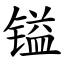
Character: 镒